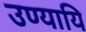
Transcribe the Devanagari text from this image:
उण्यायि